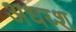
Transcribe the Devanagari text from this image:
अधय्श